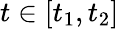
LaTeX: t\in[t_{1},t_{2}]